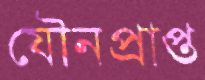
যৌনপ্রাপ্ত